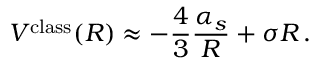
V ^ { \mathrm { c l a s s } } ( R ) \approx - \frac { 4 } { 3 } \frac { \alpha _ { s } } { R } + \sigma R \, .